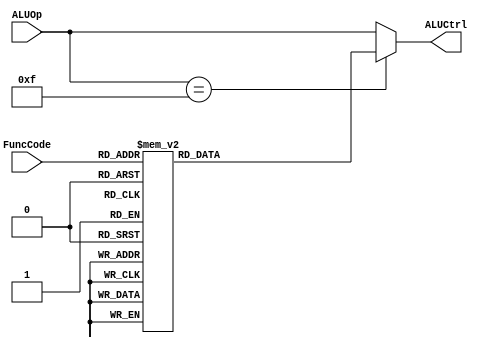
`timescale 1ns / 1ps
//////////////////////////////////////////////////////////////////////////////////
// Company: 
// Engineer: 
// 
// Design Name: 
// Module Name:    ALUControl 
// Project Name: 
// Target Devices: 
// Tool versions: 
// Description: 
//
// Dependencies: 
//
// Revision: 
// Revision 0.01 - File Created
// Additional Comments: 
//
//////////////////////////////////////////////////////////////////////////////////
`define SLLFunc  6'b000000
`define SRLFunc  6'b000010
`define SRAFunc  6'b000011
`define ADDFunc  6'b100000
`define ADDUFunc 6'b100001
`define SUBFunc  6'b100010
`define SUBUFunc 6'b100011
`define ANDFunc  6'b100100
`define ORFunc   6'b100101
`define XORFunc  6'b100110
`define NORFunc  6'b100111
`define SLTFunc  6'b101010
`define SLTUFunc 6'b101011
`define AND 4'b0000
`define OR 4'b0001
`define ADD 4'b0010
`define SLL 4'b0011
`define SRL 4'b0100
`define SUB 4'b0110
`define SLT 4'b0111
`define ADDU 4'b1000
`define SUBU 4'b1001
`define XOR 4'b1010
`define SLTU 4'b1011
`define NOR 4'b1100
`define SRA 4'b1101
`define LUI 4'b1110

module ALUControl(ALUCtrl, ALUOp, FuncCode);

input wire [3:0] ALUOp;
input wire [5:0] FuncCode ;
output reg [3:0] ALUCtrl ;

always@(*) begin
	if(ALUOp == 4'b1111)begin
		case (FuncCode)
		`SLLFunc : ALUCtrl <= `SLL   ;
		`SRLFunc : ALUCtrl <= `SRL   ;
		`SRAFunc : ALUCtrl <= `SRA   ;
		`ADDFunc : ALUCtrl <= `ADD   ;
		`ADDUFunc: ALUCtrl <= `ADDU  ;
		`SUBFunc : ALUCtrl <= `SUB   ;
		`SUBUFunc: ALUCtrl <= `SUBU  ;
		`ANDFunc : ALUCtrl <= `AND   ;
		`ORFunc  : ALUCtrl <= `OR    ;
		`XORFunc : ALUCtrl <= `XOR   ;
		`NORFunc : ALUCtrl <= `NOR   ;
		`SLTFunc : ALUCtrl <= `SLT   ;
		`SLTUFunc: ALUCtrl <= `SLTU  ;
		default  : ALUCtrl <= 4'bxxxx;
		endcase 
	end else begin
		ALUCtrl <= ALUOp ;	
	end
end
endmodule